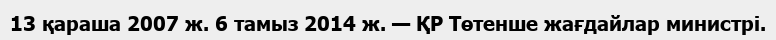
13 қараша 2007 ж. 6 тамыз 2014 ж. — ҚР Төтенше жағдайлар министрі.